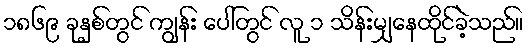
၁၈၆၉ ခုနှစ်တွင် ကျွန်း ပေါ်တွင် လူ ၁ သိန်းမျှနေထိုင်ခဲ့သည်။